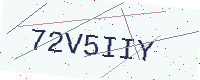
Text: 72V5IIY